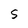
Character: S